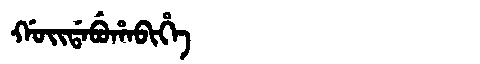
Manchu: ᡤᠣᡳᡩᠠᠪᡠᡥᠠᠪᡳᡥᡝ
Romanization: GOIDABUHABIHE